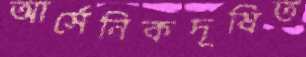
আর্সেনিকদূষিত